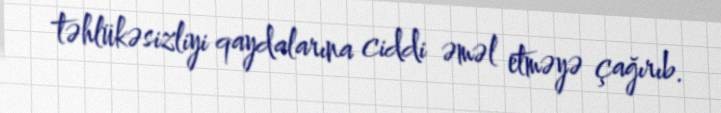
təhlükəsizliyi qaydalarına ciddi əməl etməyə çağırıb.